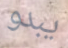
يبدو